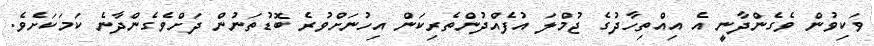
ވަކިވުން ވެގެންދާނީ އެ އިއްތިހާދުގެ ޖުމްލަ އުފެއްދުންތެރިކަން އިހުނަށްވުރެ ބޮޑުތަނުން ދަށްވެގެންދާނެ ކަމަކަށެވެ.